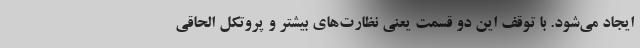
ایجاد می‌شود. با توقف این دو قسمت یعنی نظارت‌های بیشتر و پروتکل الحاقی